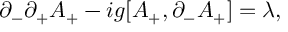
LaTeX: \partial _ { - } \partial _ { + } A _ { + } - i g [ A _ { + } , \partial _ { - } A _ { + } ] = \lambda ,